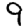
Digit: 9